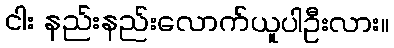
ငါး နည်းနည်းလောက်ယူပါဦးလား။